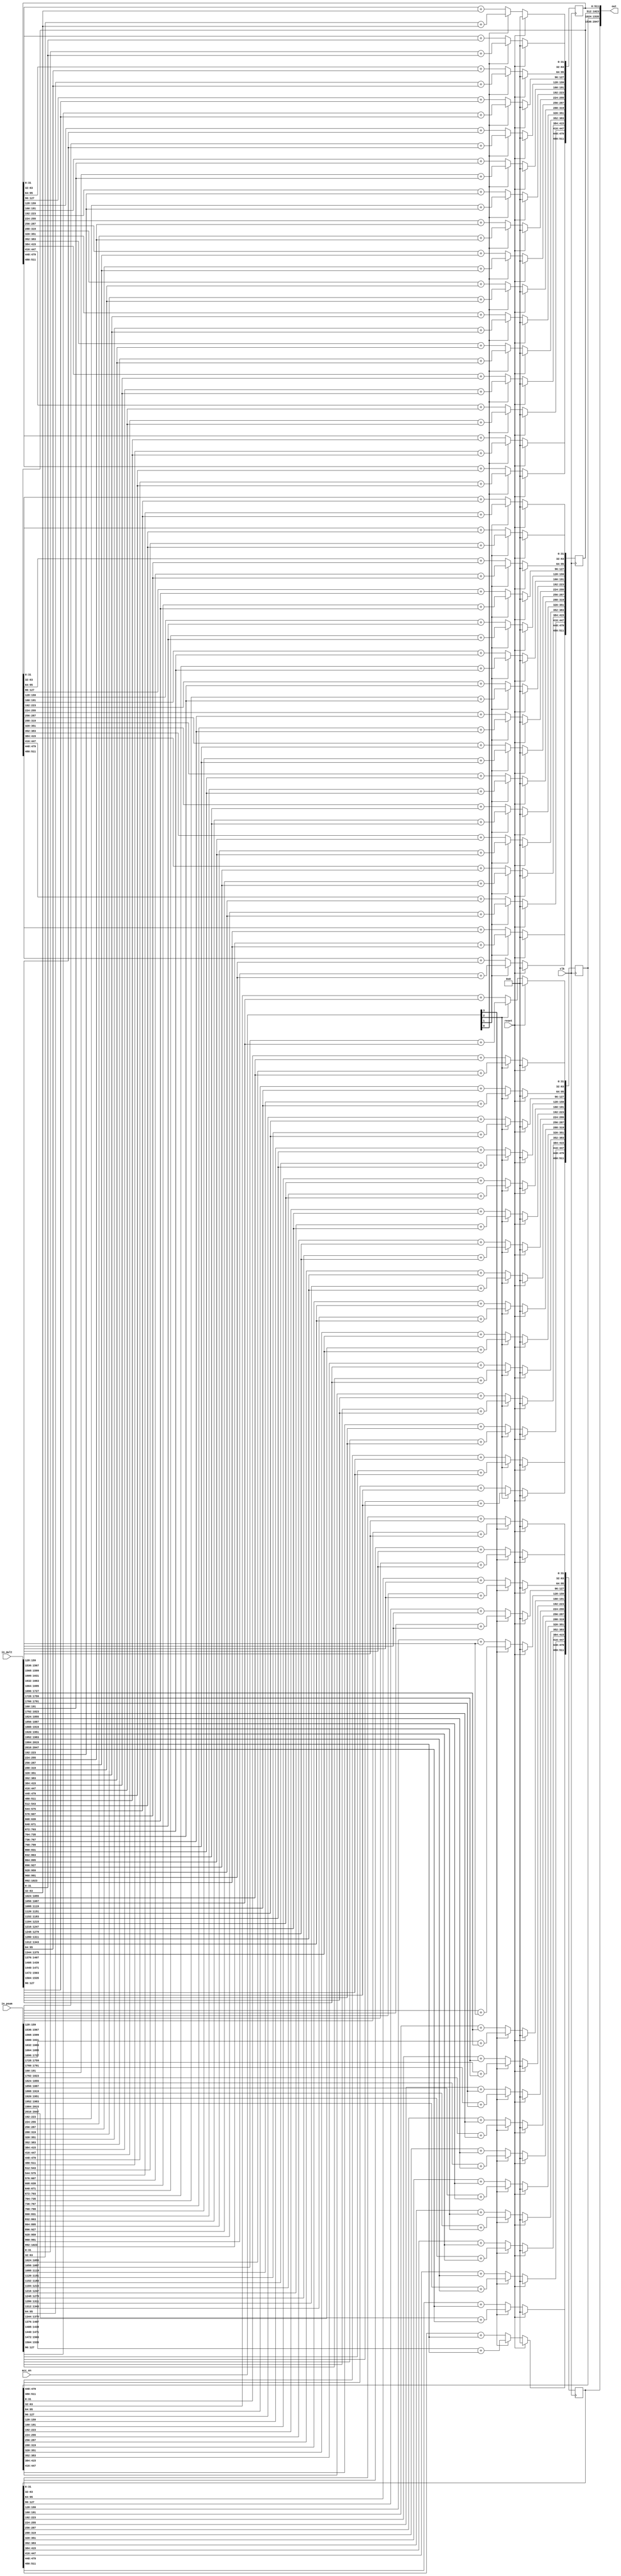
`timescale 1ns / 1ps

module stc_accumulator #(
    parameter N_PE = 4,
    parameter N = 16,
    parameter DW_DATA = 32
) (
    input clk,
    input reset,
    input [N_PE*N*DW_DATA-1:0] in_mult,
    input [N_PE*N*DW_DATA-1:0] in_psum,
    input [N_PE-1:0] acc_en,
    output [N_PE*N*DW_DATA-1:0] out
);

    genvar gi;
    integer i, j;

    reg [N*DW_DATA-1:0] reg_psum [N_PE-1:0];
    
    wire [N*DW_DATA-1:0] wire_in_psum [N_PE-1:0];
    wire [N*DW_DATA-1:0] wire_in_mult [N_PE-1:0];
    generate
        for (gi=0; gi<N_PE; gi=gi+1) begin
            assign wire_in_psum[gi] = in_psum[gi*N*DW_DATA +:N*DW_DATA];
            assign wire_in_mult[gi] = in_mult[gi*N*DW_DATA +:N*DW_DATA];
        end
    endgenerate

    always @(posedge clk) begin
        if (reset) begin
            for (i=0; i<N_PE; i=i+1) begin
                reg_psum[i] <= 0;
            end
        end
        else begin
            for (i=0; i<N_PE; i=i+1) begin
                if (acc_en[i]) begin
                    for (j=0; j<N; j=j+1) begin
                        reg_psum[i][j*DW_DATA +:DW_DATA] <= in_psum[(i*N+j)*DW_DATA +:DW_DATA] + in_mult[(i*N+j)*DW_DATA +:DW_DATA];
                    end
                end
                else begin
                    for (j=0; j<N; j=j+1) begin
                        reg_psum[i][j*DW_DATA +:DW_DATA] <= reg_psum[i][j*DW_DATA +:DW_DATA] + in_mult[(i*N+j)*DW_DATA +:DW_DATA];
                    end
                end
            end
        end
    end

    generate
        for (gi=0; gi<N_PE; gi=gi+1) begin
            assign out[gi*N*DW_DATA +:N*DW_DATA] = reg_psum[gi];
        end
    endgenerate

endmodule